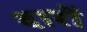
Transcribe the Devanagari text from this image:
दारों